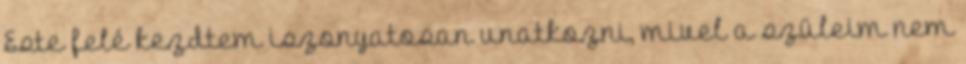
Este felé kezdtem iszonyatosan unatkozni, mivel a szüleim nem